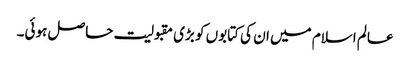
عالم اسلام میں ان کی کتابوں کو بڑی مقبولیت حاصل ہوئی۔